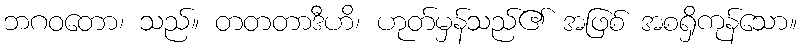
ဘဂဝတော၊ သည်။ တတတာဒီဟိ၊ ဟုတ်မှန်သည်၏ အဖြစ် အစရှိကုန်သော။